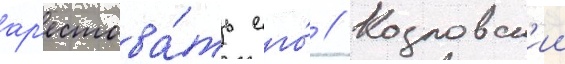
ар'естова́ть его́ // Козловск'ии